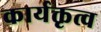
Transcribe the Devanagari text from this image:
कार्यक्तृत्व